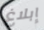
إبلاغ